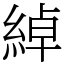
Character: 綽